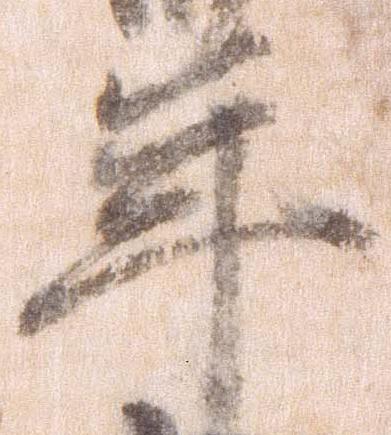
年